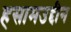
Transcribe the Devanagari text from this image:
हसामउद्दीन